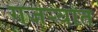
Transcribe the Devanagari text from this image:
गजर्‍यात